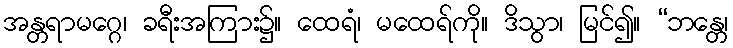
အန္တရာမဂ္ဂေ၊ ခရီးအကြား၌။ ထေရံ၊ မထေရ်ကို။ ဒိသွာ၊ မြင်၍။ “ဘန္တေ၊